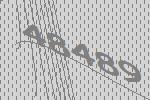
48489